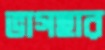
ভাগহার